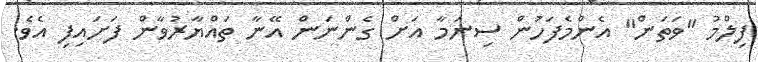
ފިލްމު "ވަތަން" އެންމެފަހުން ސިނަމާ އަށް ގެންނަން އޭނާ ތައްޔާރުވާން ފަށައިފި އެވެ.